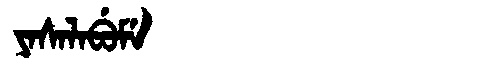
Manchu: ᠶᠠᠰᠠᠯᠠᠪᡠᠮᡝ
Romanization: YASALABUME